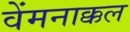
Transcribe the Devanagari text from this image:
वेंमनाक्कल